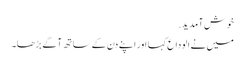
خوش آمدید.
میں نے الوداع کہا اور اپنے دن کے ساتھ آگے بڑھا۔